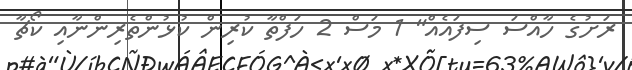
ރަށުގެ ހާއްސަ ސިފައެއް" 1 މަސް 2 ހަފްތާ ކުރިން ކުޅުންތެރިންނާއި ކޯޗާ